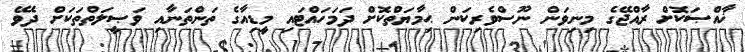
ޚާއްޞަކޮށް ރާއްޖޭގެ މިނިވަން ނޫސްވެރިކަން ޙިމާޔަތްކޮށް ދަމަހައްޓައި މީޑިއާގެ ތަންތަނާއި ވަޞީލަތްތަކަށް ދެވޭ